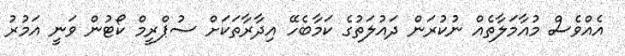
އެއްވެސް މުއާމަލާތެއް ނުކުރަން ދައުލަތުގެ ކަމާބެހޭ އިދާރާތަކަށް ސުޕްރީމް ކޯޓުން ވަނީ އަމުރު